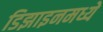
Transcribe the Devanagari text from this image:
डिझाइनमध्ये